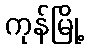
ကုန်မြို့